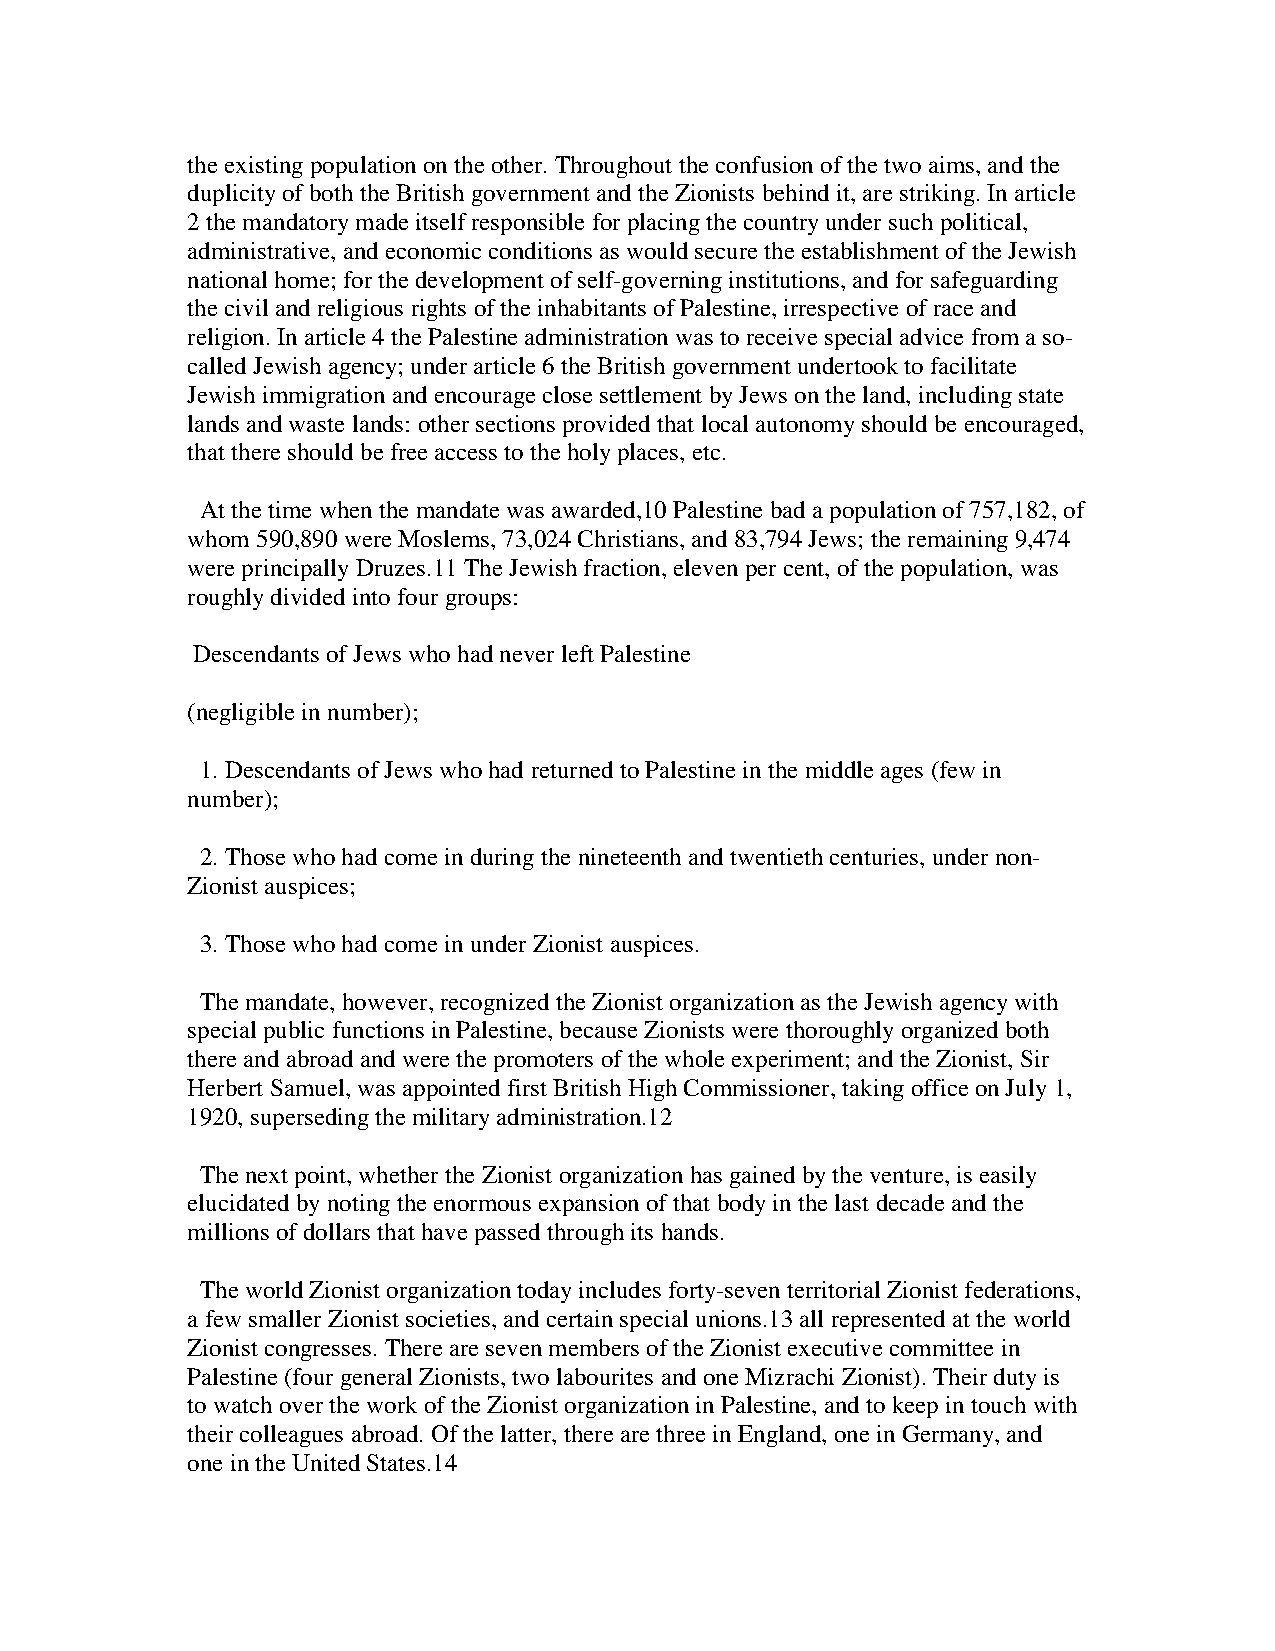
the existing population on the other. Throughout the confusion of the two aims, and the
 duplicity of both the British government and the Zionists behind it, are striking. In article
 2 the mandatory made itself responsible for placing the country under such political,
 administrative, and economic conditions as would secure the establishment of the Jewish
 national home; for the development of self-governing institutions, and for safeguarding
 the civil and religious rights of the inhabitants of Palestine, irrespective of race and
 religion. In article 4 the Palestine administration was to receive special advice from a so-
 called Jewish agency; under article 6 the British government undertook to facilitate
 Jewish immigration and encourage close settlement by Jews on the land, including state
 lands and waste lands: other sections provided that local autonomy should be encouraged,
 that there should be free access to the holy places, etc.
 At the time when the mandate was awarded,10 Palestine bad a population of 757,182, of
 whom 590,890 were Moslems, 73,024 Christians, and 83,794 Jews; the remaining 9,474
 were principally Druzes.11 The Jewish fraction, eleven per cent, of the population, was
 roughly divided into four groups:
 Descendants of Jews who had never left Palestine
 (negligible in number);
 1. Descendants of Jews who had returned to Palestine in the middle ages (few in
 number);
 2. Those who had come in during the nineteenth and twentieth centuries, under non-
 Zionist auspices;
 3. Those who had come in under Zionist auspices.
 The mandate, however, recognized the Zionist organization as the Jewish agency with
 special public functions in Palestine, because Zionists were thoroughly organized both
 there and abroad and were the promoters of the whole experiment; and the Zionist, Sir
 Herbert Samuel, was appointed first British High Commissioner, taking office on July 1,
 1920, superseding the military administration.12
 The next point, whether the Zionist organization has gained by the venture, is easily
 elucidated by noting the enormous expansion of that body in the last decade and the
 millions of dollars that have passed through its hands.
 The world Zionist organization today includes forty-seven territorial Zionist federations,
 a few smaller Zionist societies, and certain special unions.13 all represented at the world
 Zionist congresses. There are seven members of the Zionist executive committee in
 Palestine (four general Zionists, two labourites and one Mizrachi Zionist). Their duty is
 to watch over the work of the Zionist organization in Palestine, and to keep in touch with
 their colleagues abroad. Of the latter, there are three in England, one in Germany, and
 one in the United States.14